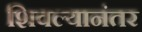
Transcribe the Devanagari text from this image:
शिवल्यानंतर